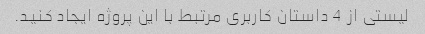
لیستی از 4 داستان کاربری مرتبط با این پروژه ایجاد کنید.